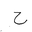
Letter: _ha